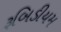
રૂબિડીયમ